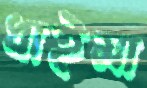
ধাইমা